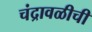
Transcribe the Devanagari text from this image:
चंद्रावळीची